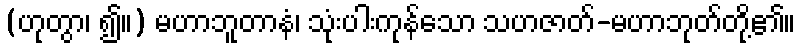
(ဟုတွာ၊ ၍။) မဟာဘူတာနံ၊ သုံးပါးကုန်သော သဟဇာတ်-မဟာဘုတ်တို့၏။